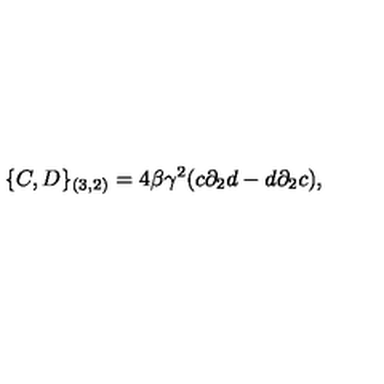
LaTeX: \{ C , D \} _ { ( 3 , 2 ) } = 4 \beta { \gamma } ^ { 2 } ( c { \partial } _ { 2 } d - d { \partial } _ { 2 } c ) ,